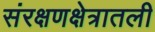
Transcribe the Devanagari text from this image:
संरक्षणक्षेत्रातली